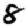
Digit: 8